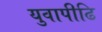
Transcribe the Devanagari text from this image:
युवापीढि